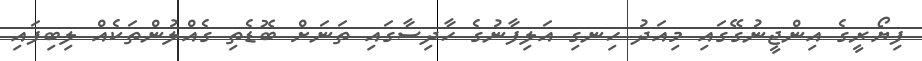
ފިޔޯރީގެ އިންޖީނުގޭގައި މިއަދު ހިނގި އަލިފާނުގެ ހާދިސާގައި ތަނަށް ބޮޑެތި ގެއްލުންތަކެއް ލިބިފައި